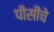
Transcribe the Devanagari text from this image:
पीसींचे